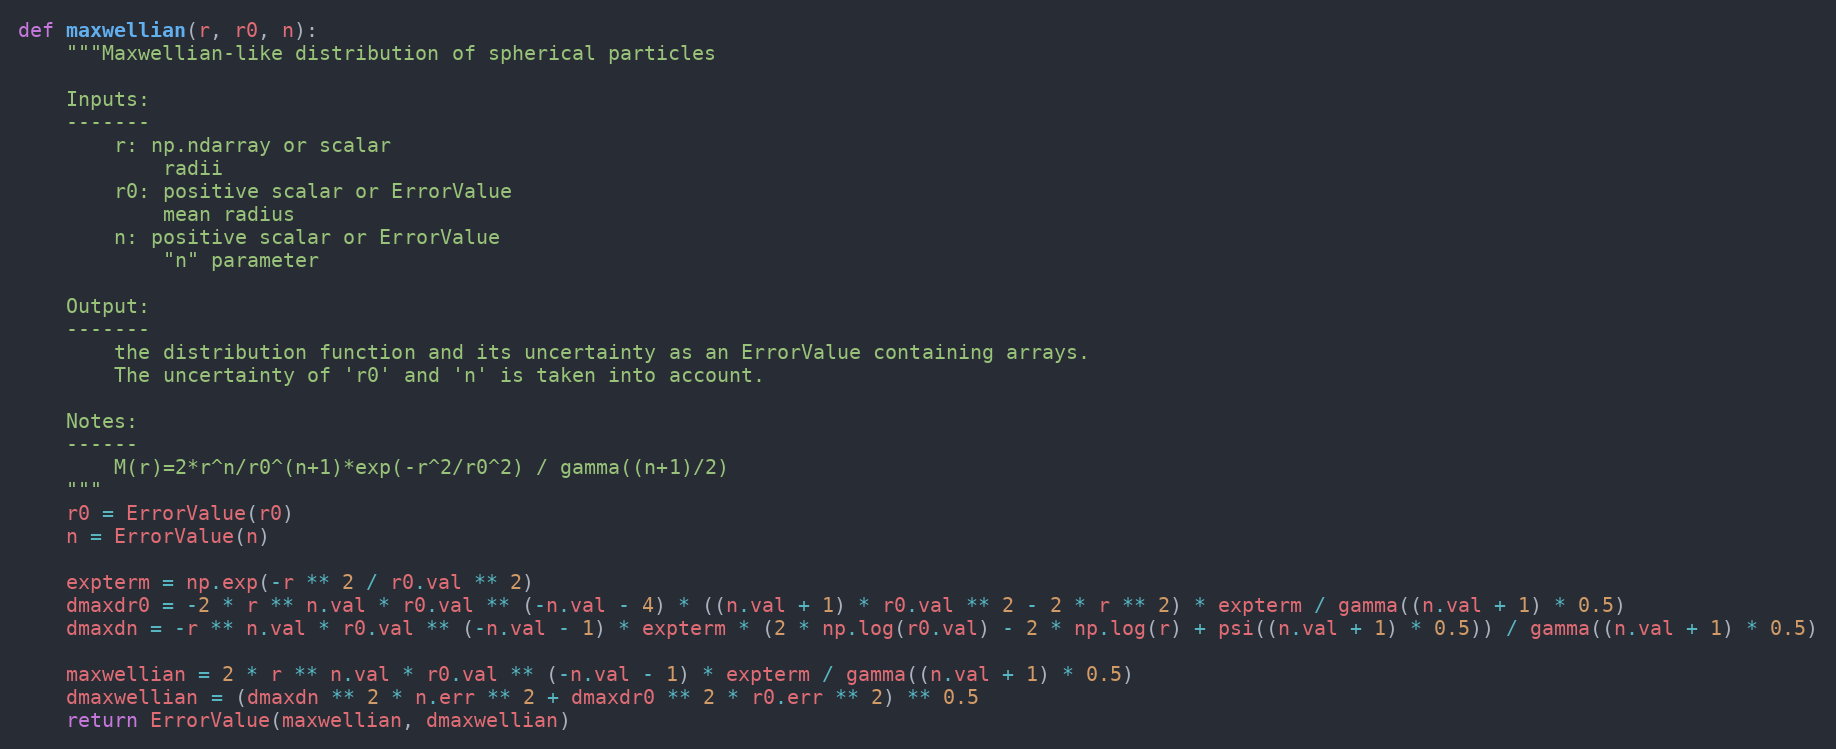
Language: Python
def maxwellian(r, r0, n):
    """Maxwellian-like distribution of spherical particles

    Inputs:
    -------
        r: np.ndarray or scalar
            radii
        r0: positive scalar or ErrorValue
            mean radius
        n: positive scalar or ErrorValue
            "n" parameter

    Output:
    -------
        the distribution function and its uncertainty as an ErrorValue containing arrays.
        The uncertainty of 'r0' and 'n' is taken into account.

    Notes:
    ------
        M(r)=2*r^n/r0^(n+1)*exp(-r^2/r0^2) / gamma((n+1)/2)
    """
    r0 = ErrorValue(r0)
    n = ErrorValue(n)

    expterm = np.exp(-r ** 2 / r0.val ** 2)
    dmaxdr0 = -2 * r ** n.val * r0.val ** (-n.val - 4) * ((n.val + 1) * r0.val ** 2 - 2 * r ** 2) * expterm / gamma((n.val + 1) * 0.5)
    dmaxdn = -r ** n.val * r0.val ** (-n.val - 1) * expterm * (2 * np.log(r0.val) - 2 * np.log(r) + psi((n.val + 1) * 0.5)) / gamma((n.val + 1) * 0.5)

    maxwellian = 2 * r ** n.val * r0.val ** (-n.val - 1) * expterm / gamma((n.val + 1) * 0.5)
    dmaxwellian = (dmaxdn ** 2 * n.err ** 2 + dmaxdr0 ** 2 * r0.err ** 2) ** 0.5
    return ErrorValue(maxwellian, dmaxwellian)